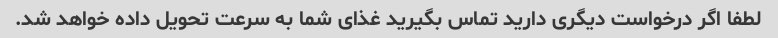
لطفا اگر درخواست دیگری دارید تماس بگیرید غذای شما به سرعت تحویل داده خواهد شد.